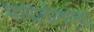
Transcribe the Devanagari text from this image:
भागातीलएका